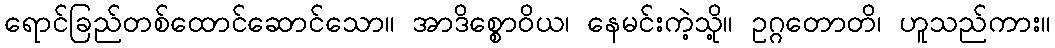
ရောင်ခြည်တစ်ထောင်ဆောင်သော။ အာဒိစ္စောဝိယ၊ နေမင်းကဲ့သို့။ ဥဂ္ဂတောတိ၊ ဟူသည်ကား။